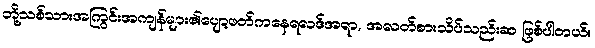
ဘို့သစ်သားအကြွင်းအကျန်များ၏ပျော့ဖတ်ကနေရလဒ်အရာ, အလတ်စားသိပ်သည်းဆ ဖြစ်ပါတယ်။